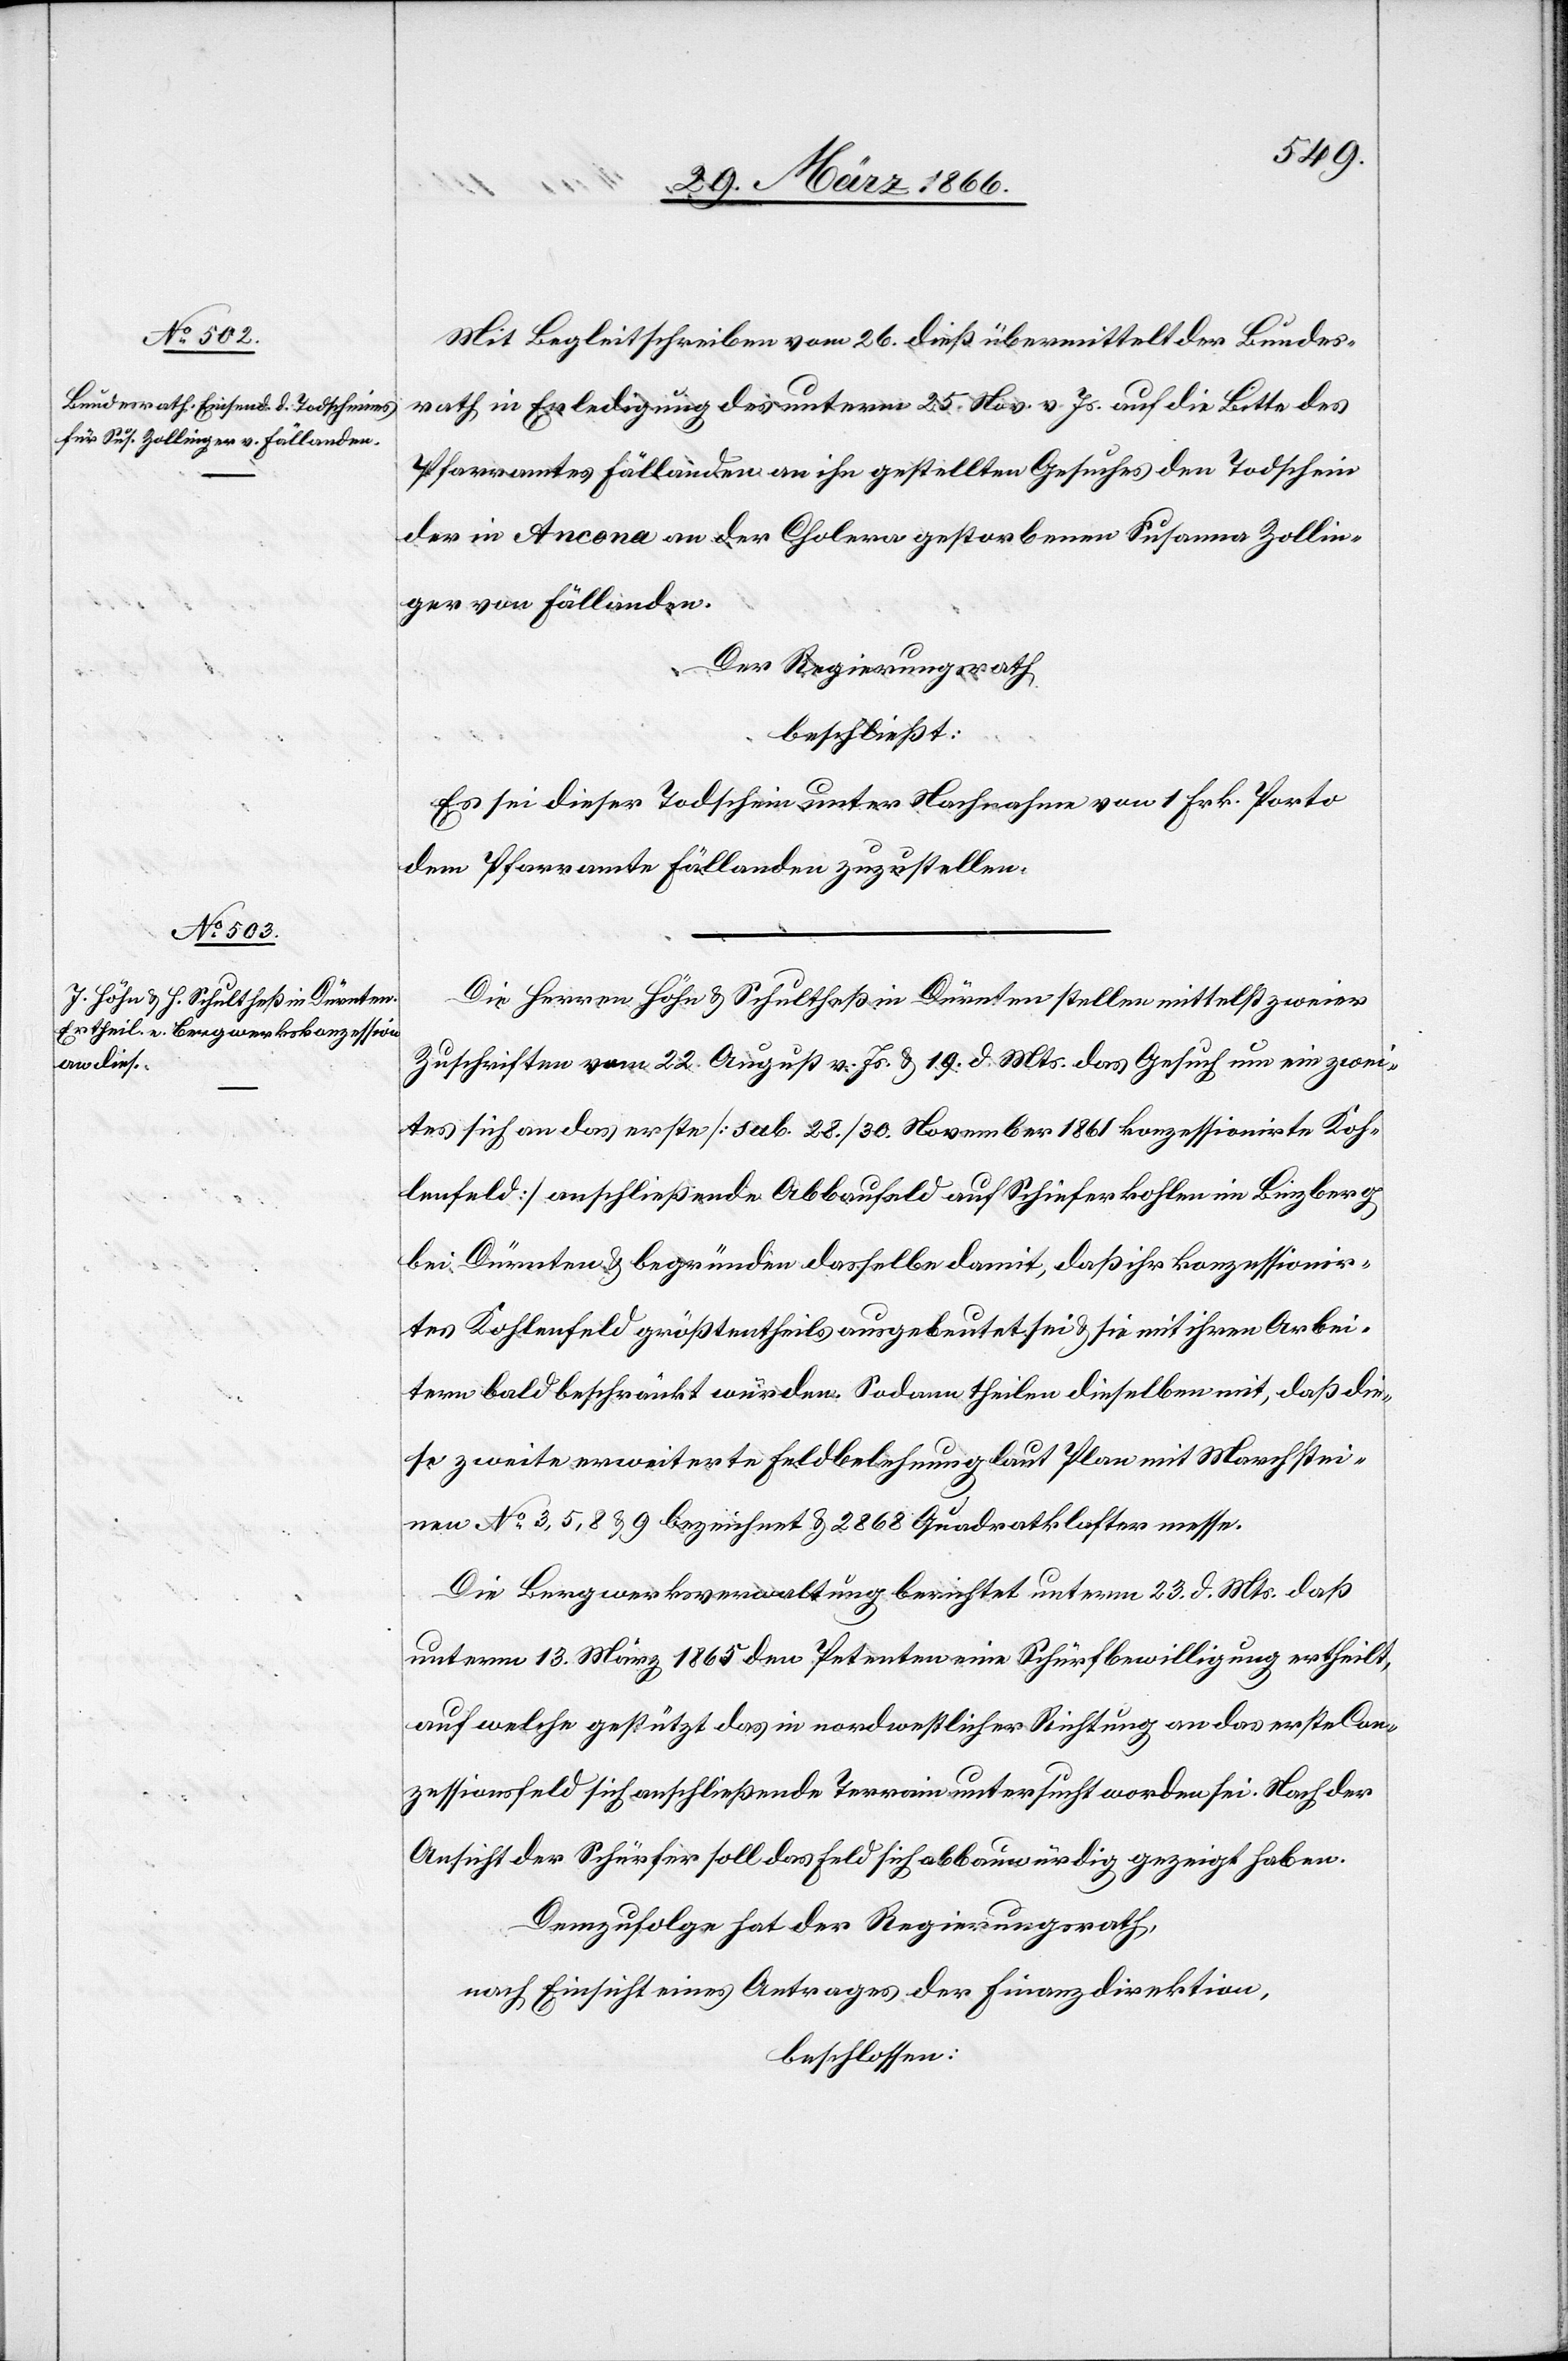
Mit Begleitschreiben vom 26. dieß übermittelt der Bundes¬
rath in Erledigung des unterm 25. Nov. v. Js. auf die Bitte des
Pfarramtes Fällanden an ihn gestellten Gesuches den Todschein
der in Ancona an der Cholera gestorbenen Susanna Zollin¬
ger von Fällanden.
Der Regierungsrath
beschließt:
Es sei dieser Todschein unter Nachnahme von 1 Frk. Porto
dem Pfarramte Fällanden zuzustellen.
Die Herren Höhe u. Schultheß in Dürnten stellen mittelst zweier
Zuschriften vom 22. August v. Js. u. 19. d. Mts. das Gesuch um ein zwei¬
tes sich an das erste [sub. 28./30. November 1861 konzessionirte Koh¬
lenfeld] anschließende Abbaufeld auf Schieferkohle im Binzberg
bei Dürnten u. begründen dasselbe damit, daß ihr konzessionir¬
tes Kohlefeld größtentheils ausgebeutet sei u. sie mit ihren Arbei¬
tern bald beschränkt würden. Sodann theilen dieselben mit, daß die¬
se zweite erweiterte Feldbelehnung laut Plan mit Marchstei¬
nen No. 3, 5, 8, u. 9 bezeichnet u. 2868 Quadratklafter messe.
Die Bergwerksverwaltung berichtet unterm 23. d. Mts. daß
unterm 13. März 1865 den Petenten eine Schürfbewilligung ertheilt,
auf welche gestützt das in nordwestlicher Richtung an das erste Con¬
zessionsfeld sich anschließende Terrain untersucht worden sei. Nach der
Ansicht der Schürfer soll das Feld sich abbauwürdig gezeigt haben.
Demzufolge hat der Regierungsrath,
nach Einsicht eines Antrages der Finanzdirektion,
beschlossen: